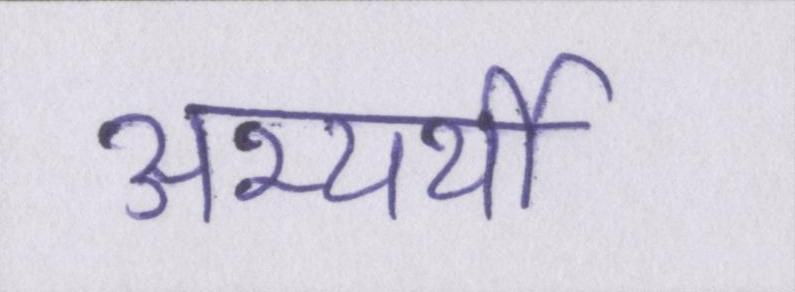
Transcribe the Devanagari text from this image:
अभ्यर्थी